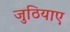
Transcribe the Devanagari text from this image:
जुठियाए